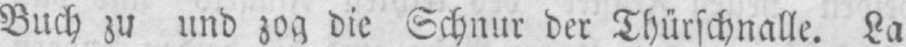
Buch zu und zog die Schnur der Thürschnalle. La